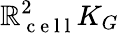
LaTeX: \mathbb{R}_{\mathrm{{~c~e~l~l~}}}^{2}K_{G}